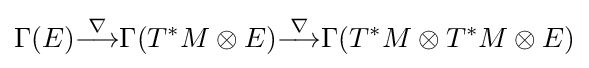
\Gamma (E){\stackrel {\nabla }{\longrightarrow }}\Gamma (T^{*}M\otimes E){\stackrel {\nabla }{\longrightarrow }}\Gamma (T^{*}M\otimes T^{*}M\otimes E)